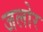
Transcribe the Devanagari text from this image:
जलोर